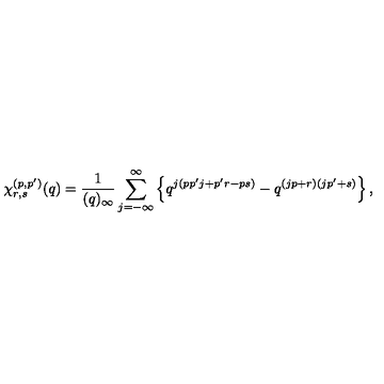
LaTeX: \chi _ { r , s } ^ { ( p , p ^ { \prime } ) } ( q ) = \frac { 1 } { ( q ) _ { \infty } } \sum _ { j = - \infty } ^ { \infty } \left\{ q ^ { j ( p p ^ { \prime } j + p ^ { \prime } r - p s ) } - q ^ { ( j p + r ) ( j p ^ { \prime } + s ) } \right\} ,